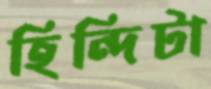
হিন্দিটা